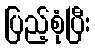
ပြည့်စုံပြီး